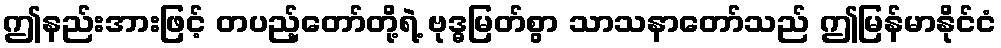
ဤနည်းအားဖြင့် တပည့်တော်တို့ရဲ့ ဗုဒ္ဓမြတ်စွာ သာသနာတော်သည် ဤမြန်မာနိုင်ငံ